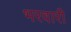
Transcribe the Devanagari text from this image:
भरवारी